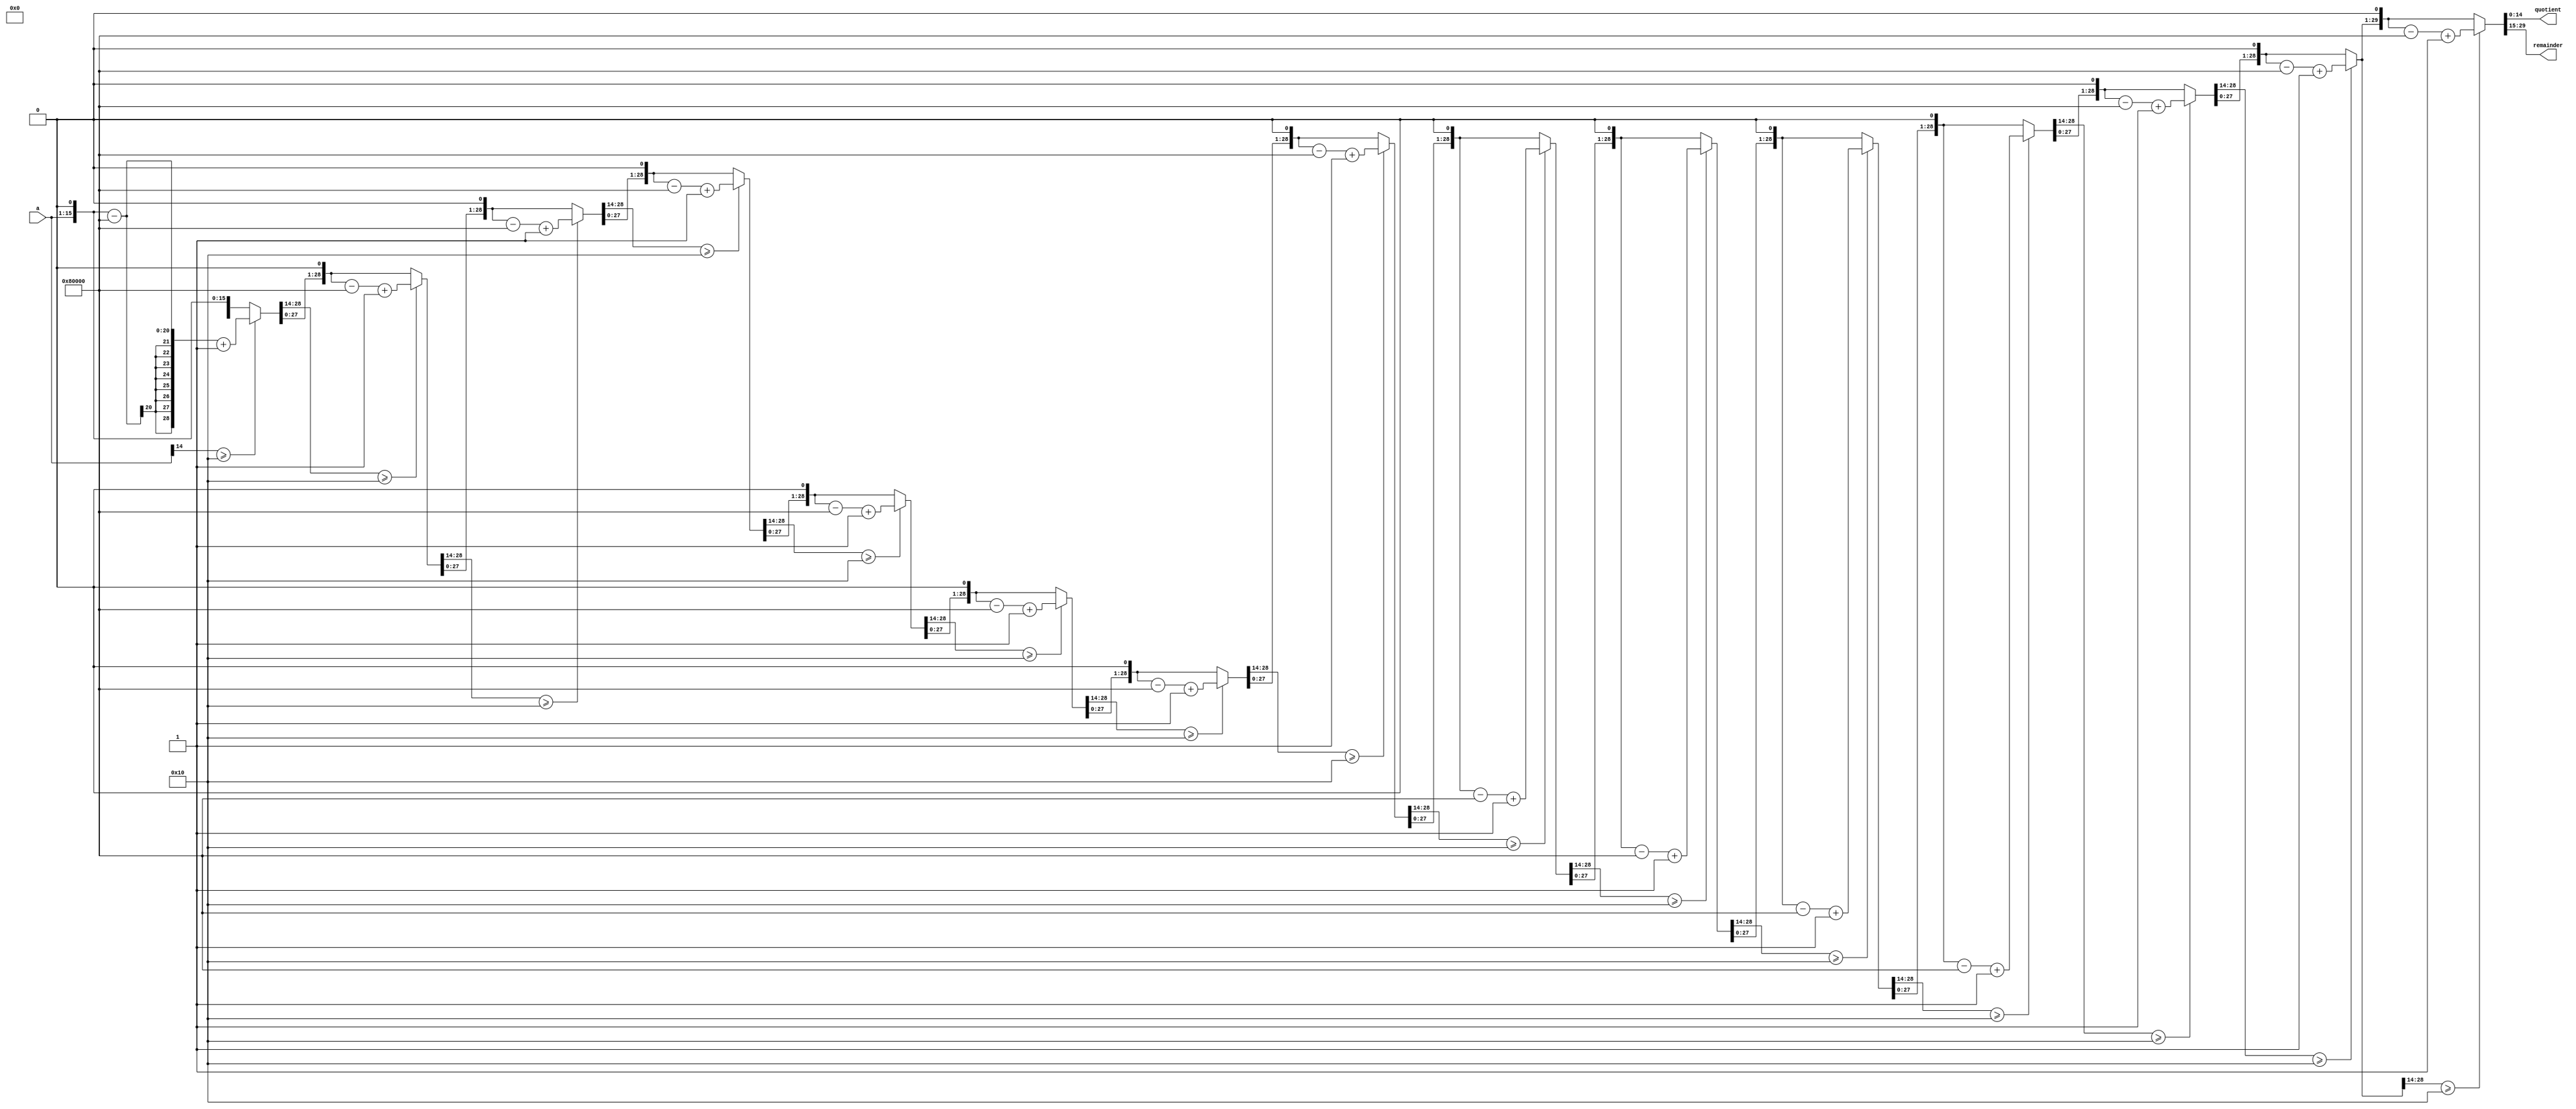
module DI
(
a,
//b,
quotient,remainder
);

input[14:0] a;


output reg [14:0] quotient;
output reg [14:0] remainder;

//parameter a=31'd62;
parameter b=15'd16;

reg[14:0] tempa;
reg[14:0] tempb;
reg[29:0] temp_a;
reg[29:0] temp_b;

integer i;

always @(a or b)
begin
tempa <= a;
tempb <= b;
end

always @(tempa or tempb)
begin
temp_a = {15'h00000000,tempa};
temp_b = {tempb,15'h00000000};
for(i = 0;i < 15;i = i + 1)
begin
temp_a = {temp_a[28:0],1'b0};
if(temp_a[29:15] >= tempb)
temp_a = temp_a - temp_b + 1'b1;
else
temp_a = temp_a;
end

quotient <= temp_a[14:0];
remainder <= temp_a[29:15];
end

endmodule